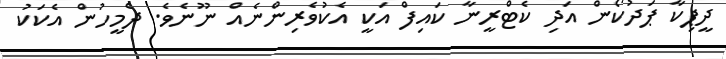
ދީޕިކާ ޕަދުކޯން އަދި ކެޓްރީނާ ކައިފް އަކީ އެކުވެރިންނެއް ނޫނެވެ. ދެމީހުން އެކަކު